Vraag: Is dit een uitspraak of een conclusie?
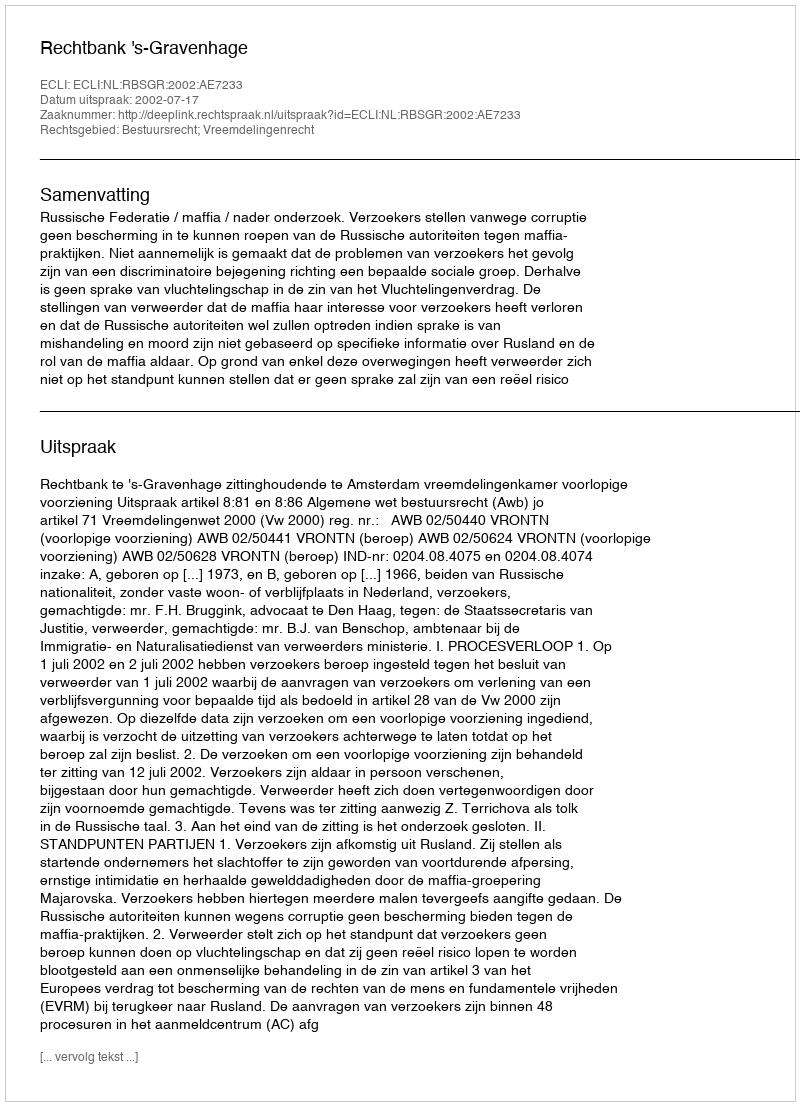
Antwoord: Uitspraak